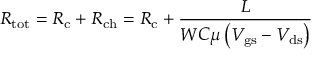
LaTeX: R _ { \mathrm { t o t } } = R _ { \mathrm { c } } + R _ { \mathrm { c h } } = R _ { \mathrm { c } } + { \frac { L } { W C \mu \left( V _ { \mathrm { g s } } - V _ { \mathrm { d s } } \right) } }